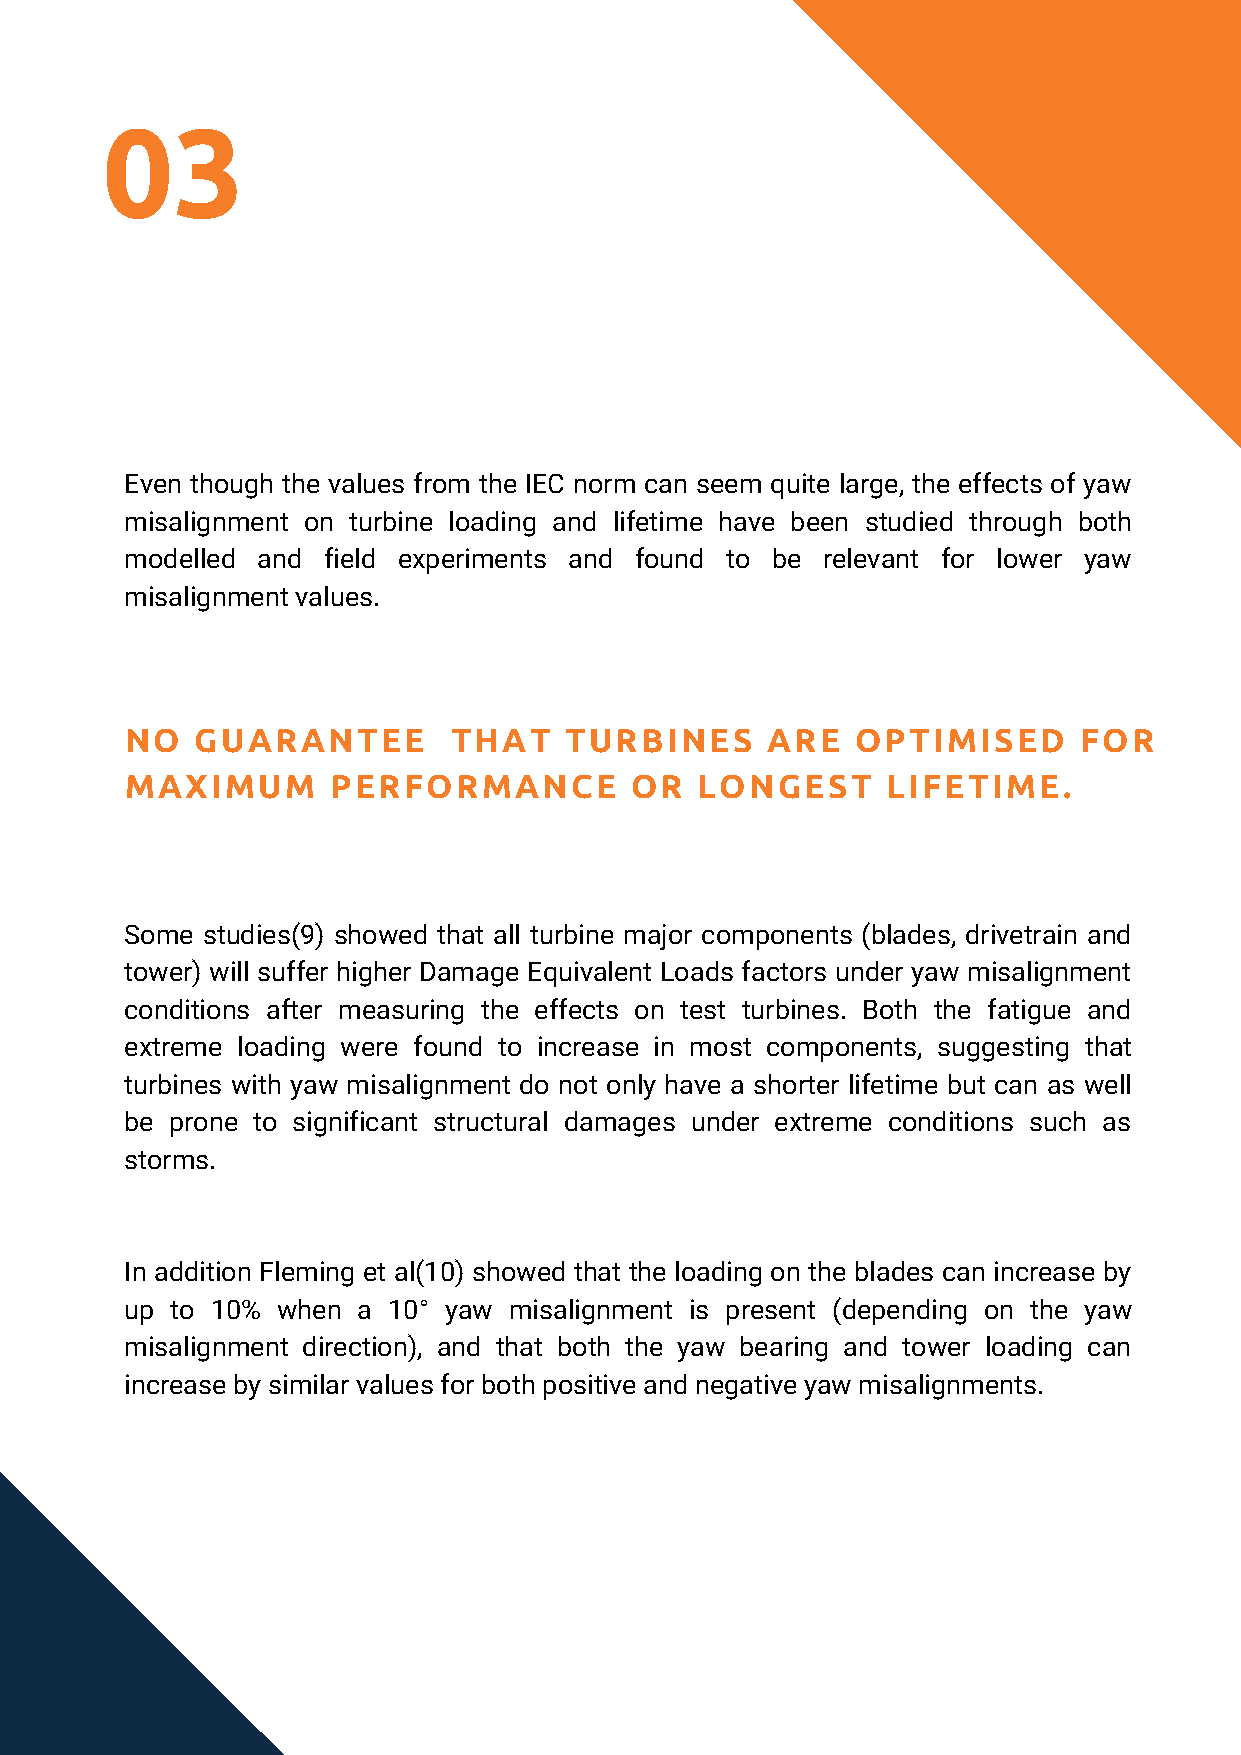
03
 Even though the values from the IEC norm can seem quite large, the effects of yaw
 misalignment on turbine loading and lifetime have been studied through both
 modelled and field experiments and found to be relevant for lower yaw
 misalignment values.
 NO   GUARANTEE        THAT   TURBINES      ARE   OPTIMISED     FOR
 MAXIMUM       PERFORMANCE         OR  LONGEST      LIFETIME.
 Some studies(9) showed that all turbine major components (blades, drivetrain and
 tower) will suffer higher Damage Equivalent Loads factors under yaw misalignment
 conditions after measuring the effects on test turbines. Both the fatigue and
 extreme loading were found to increase in most components, suggesting that
 turbines with yaw misalignment do not only have a shorter lifetime but can as well
 be prone to significant structural damages under extreme conditions such as
 storms.
 In addition Fleming et al(10) showed that the loading on the blades can increase by
 up to 10% when  a 10° yaw misalignment is present (depending on the yaw
 misalignment direction), and that both the yaw bearing and tower loading can
 increase by similar values for both positive and negative yaw misalignments.